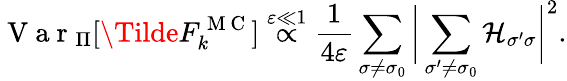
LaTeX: \mathrm{~V~a~r~}_{\Pi}[\Tilde{F}_{k}^{\mathrm{~M~C~}}]\stackrel{\varepsilon\ll 1}{\propto}\frac{1}{4\varepsilon}\sum_{\sigma\neq\sigma_{0}}\bigg|\sum_{\sigma^{\prime}\neq\sigma_{0}}\mathcal{H}_{\sigma^{\prime}\sigma}\bigg|^{2}.